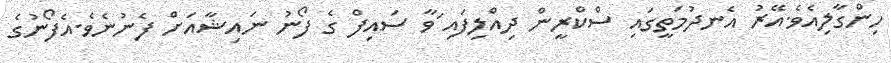
ހިންގާލިއެވެ.އޭރު އެނދުމަތީގައި ސްކްރީން ދިއްލިފައި ަަަަަަަަަަަަަަަަަަަަަަަަަަަަަަަަަަަަަަަަަަަަަަަަަަަަަަަަވާ ސައިފް ގެ ފޯނު ނައިޝާއަށް ފެނުނެވެ.އެފޯނުގެ